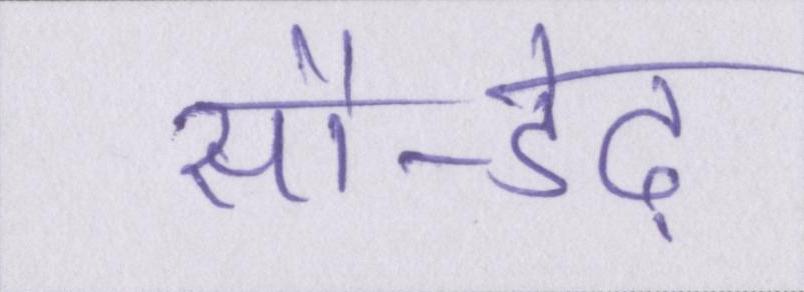
सौ-डेढ़